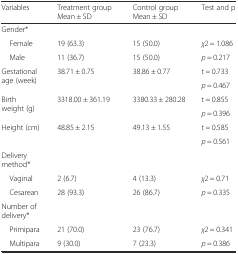
<table><thead><tr><td><b>Variables</b></td><td><b>Treatment group Mean ± SD</b></td><td><b>Control group Mean ± SD</b></td><td><b>Test and p</b></td></tr></thead><tbody><tr><td>Gender*</td><td></td><td></td><td></td></tr><tr><td> Female</td><td>19 (63.3)</td><td>15 (50.0)</td><td><i>χ</i>2 = 1.086</td></tr><tr><td> Male</td><td>11 (36.7)</td><td>15 (50.0)</td><td><i>p</i> = 0.217</td></tr><tr><td rowspan="2">Gestational age (week)</td><td rowspan="2">38.71 ± 0.75</td><td rowspan="2">38.86 ± 0.77</td><td>t = 0.733</td></tr><tr><td><i>p</i> = 0.467</td></tr><tr><td rowspan="2">Birth weight (g)</td><td rowspan="2">3318.00 ± 361.19</td><td rowspan="2">3380.33 ± 280.28</td><td>t = 0.855</td></tr><tr><td><i>p</i> = 0.396</td></tr><tr><td rowspan="2">Height (cm)</td><td rowspan="2">48.85 ± 2.15</td><td rowspan="2">49.13 ± 1.55</td><td>t = 0.585</td></tr><tr><td><i>p</i> = 0.561</td></tr><tr><td>Delivery method*</td><td></td><td></td><td></td></tr><tr><td> Vaginal</td><td>2 (6.7)</td><td>4 (13.3)</td><td><i>χ</i>2 = 0.71</td></tr><tr><td> Cesarean</td><td>28 (93.3)</td><td>26 (86.7)</td><td><i>p</i> = 0.335</td></tr><tr><td>Number of delivery*</td><td></td><td></td><td></td></tr><tr><td> Primipara</td><td>21 (70.0)</td><td>23 (76.7)</td><td><i>χ</i>2 = 0.341</td></tr><tr><td> Multipara</td><td>9 (30.0)</td><td>7 (23.3)</td><td><i>p</i> = 0.386</td></tr></tbody></table>